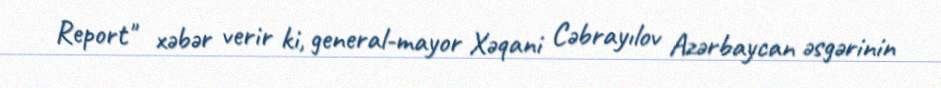
Report" xəbər verir ki, general-mayor Xəqani Cəbrayılov Azərbaycan əsgərinin